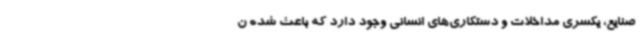
صنایع، یکسری مداخلات و دستکاری‌های انسانی وجود دارد که باعث شده ن